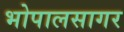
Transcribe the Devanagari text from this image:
भोपालसागर